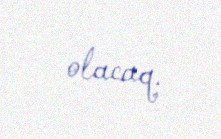
olacaq.